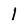
Character: 1